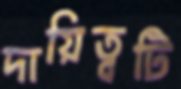
দায়িত্বটি